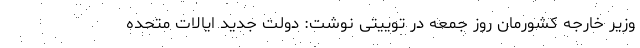
وزیر خارجه کشورمان روز جمعه در توییتی نوشت: دولت جدید ایالات متحده